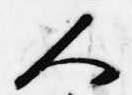
人